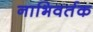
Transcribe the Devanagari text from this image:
नाभिवर्तक